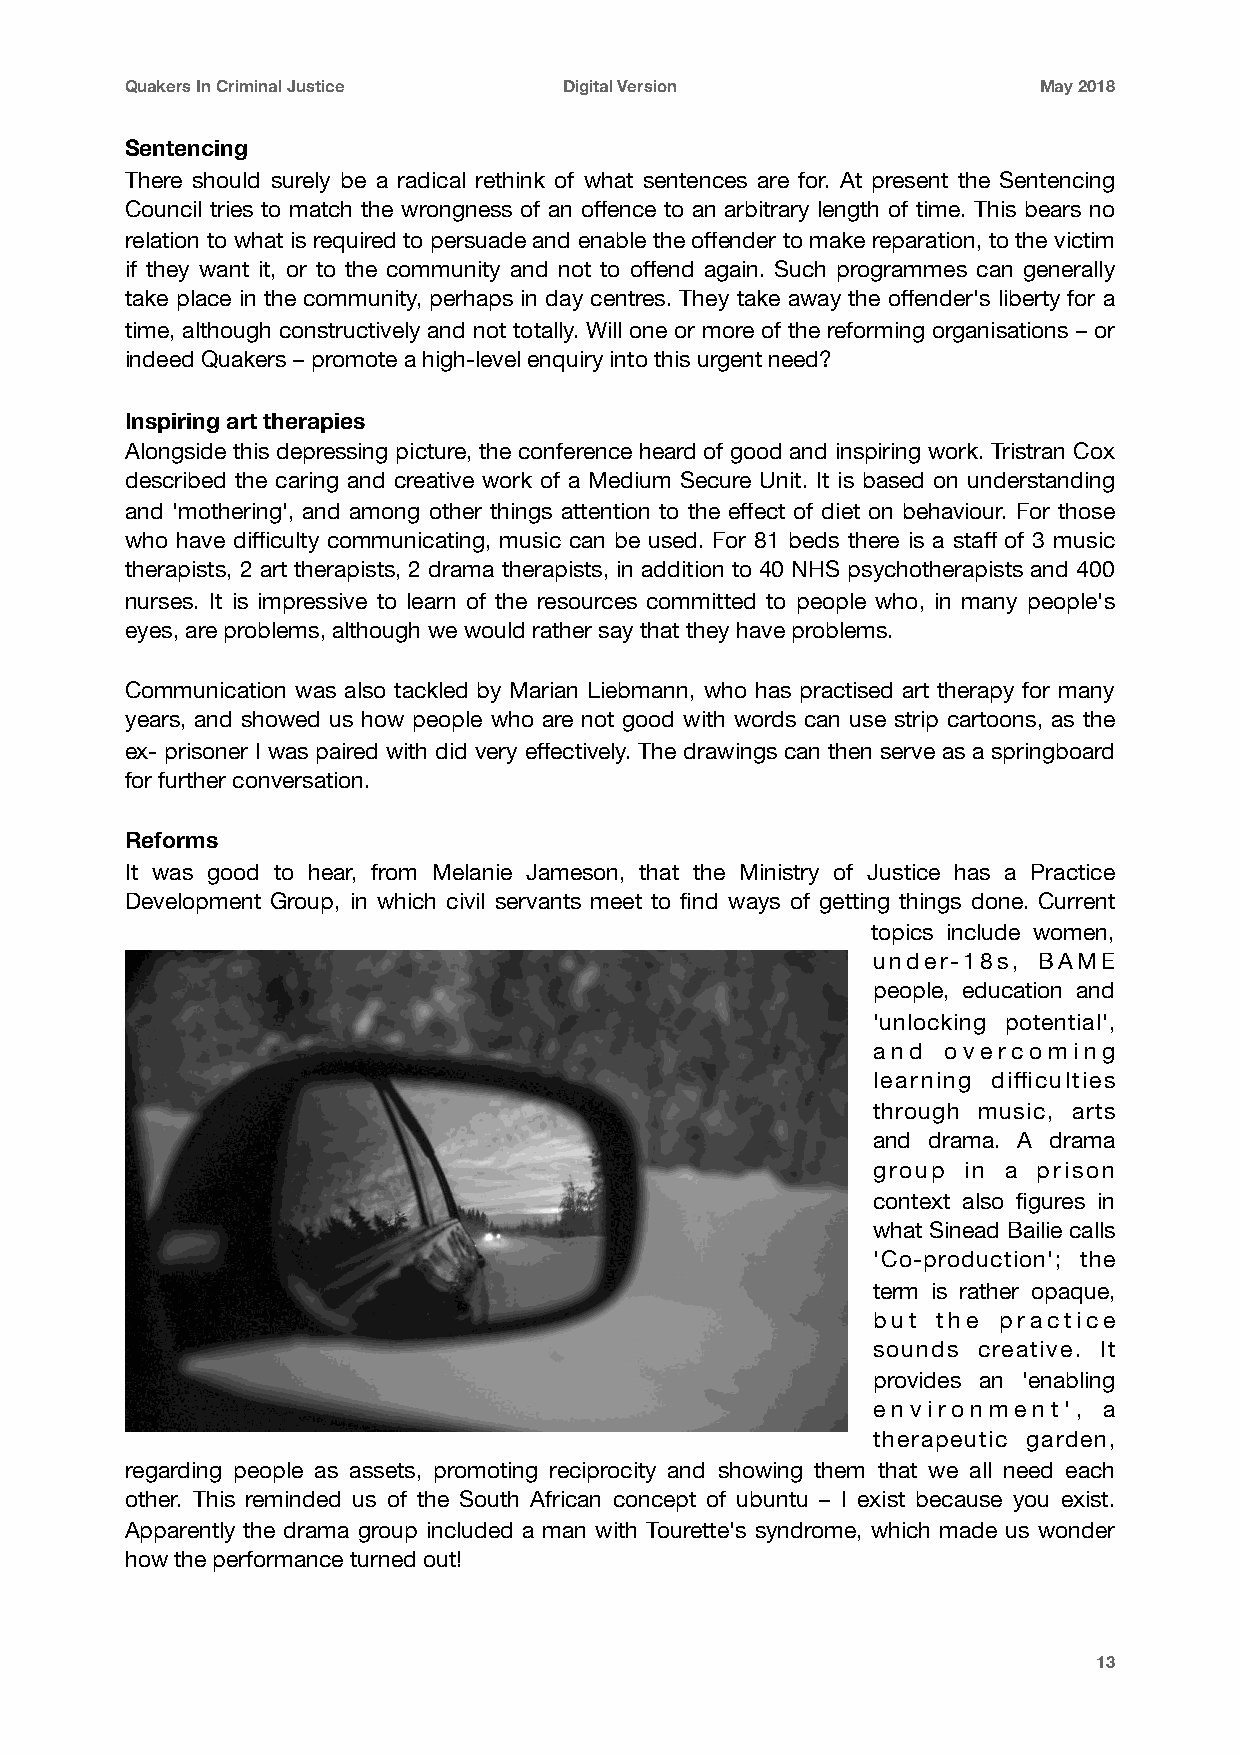
Quakers In Criminal Justice  Digital Version                 May 2018
 Sentencing
 There should surely be a radical rethink of what sentences are for. At present the Sentencing
 Council tries to match the wrongness of an offence to an arbitrary length of time. This bears no
 relation to what is required to persuade and enable the offender to make reparation, to the victim
 if they want it, or to the community and not to offend again. Such programmes can generally
 take place in the community, perhaps in day centres. They take away the offender's liberty for a
 time, although constructively and not totally. Will one or more of the reforming organisations – or
 indeed Quakers – promote a high-level enquiry into this urgent need?
 Inspiring art therapies
 Alongside this depressing picture, the conference heard of good and inspiring work. Tristran Cox
 described the caring and creative work of a Medium Secure Unit. It is based on understanding
 and 'mothering', and among other things attention to the effect of diet on behaviour. For those
 who have difficulty communicating, music can be used. For 81 beds there is a staff of 3 music
 therapists, 2 art therapists, 2 drama therapists, in addition to 40 NHS psychotherapists and 400
 nurses. It is impressive to learn of the resources committed to people who, in many people's
 eyes, are problems, although we would rather say that they have problems.
 Communication was also tackled by Marian Liebmann, who has practised art therapy for many
 years, and showed us how people who are not good with words can use strip cartoons, as the
 ex- prisoner I was paired with did very effectively. The drawings can then serve as a springboard
 for further conversation.
 Reforms
 It was good to hear, from Melanie Jameson, that the Ministry of Justice has a Practice
 Development Group, in which civil servants meet to find ways of getting things done. Current
 topics include women,
 under-18s, BAME
 people, education and
 'unlocking potential',
 and overcoming
 learning difficulties
 through music, arts
 and drama. A drama
 group in a prison
 context also figures in
 what Sinead Bailie calls
 'Co-production'; the
 term is rather opaque,
 but the practice
 sounds creative. It
 provides an 'enabling
 environment',  a
 therapeutic garden,
 regarding people as assets, promoting reciprocity and showing them that we all need each
 other. This reminded us of the South African concept of ubuntu – I exist because you exist.
 Apparently the drama group included a man with Tourette's syndrome, which made us wonder
 how the performance turned out!
 13